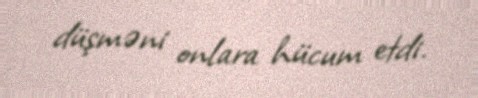
düşməni onlara hücum etdi.